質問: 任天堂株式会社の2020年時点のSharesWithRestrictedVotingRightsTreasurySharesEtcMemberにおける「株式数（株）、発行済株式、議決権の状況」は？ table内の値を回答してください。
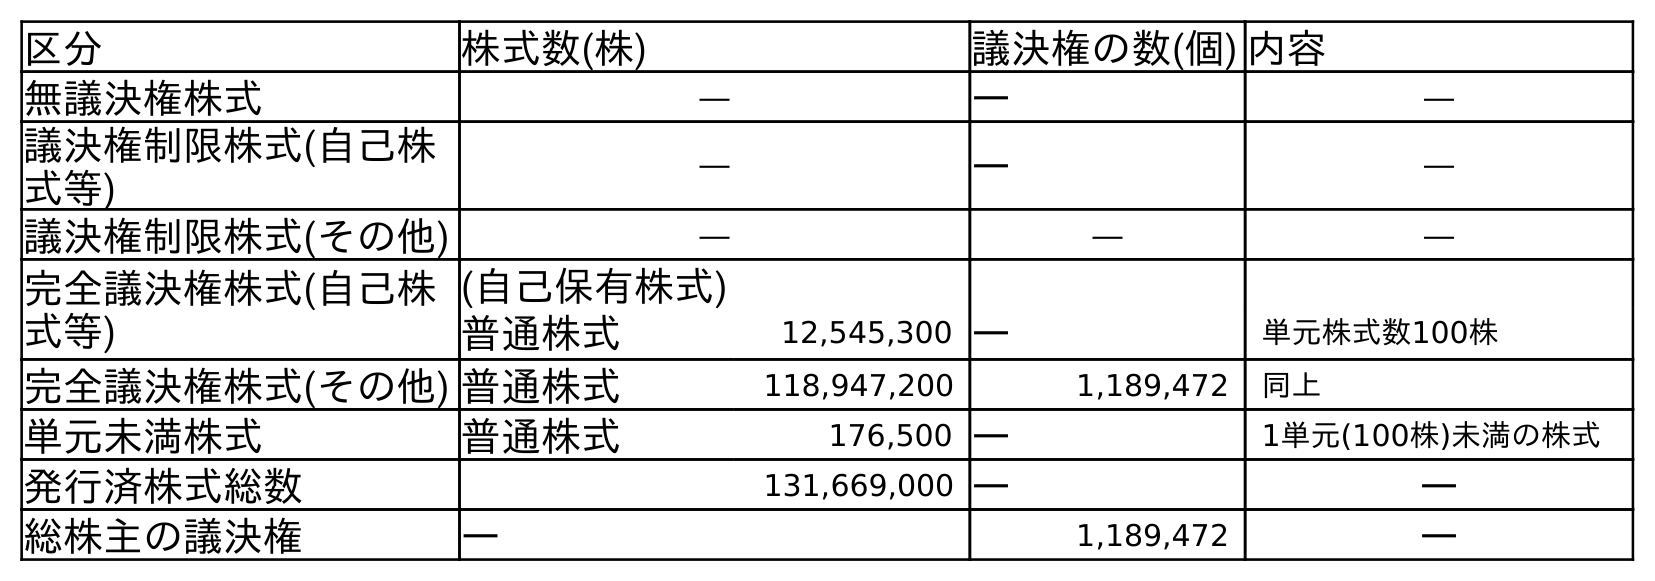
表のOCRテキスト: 区分 株式数(株) 議決権の数(個) 内容 無議決権株式 ― ― ― 議決権制限株式(自己株 式等) ― ― ― 議決権制限株式(その他) ― ― ― 完全議決権株式(自己株 式等) (自己保有株式) 普通株式 12,545,300 ― 単元株式数100株 完全議決権株式(その他) 普通株式 118,947,200 1,189,472 同上 単元未満株式 普通株式 176,500 ― 1単元(100株)未満の株式 発行済株式総数 131,669,000 ― ― 総株主の議決権 ― 1,189,472 ―
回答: ―